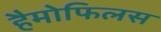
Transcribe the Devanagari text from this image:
हैमोफिलस